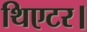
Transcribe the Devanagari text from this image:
थिएटर।